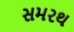
સમરથ